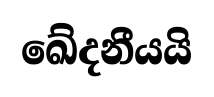
ඛේදනීයයි